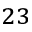
_ { 2 3 }